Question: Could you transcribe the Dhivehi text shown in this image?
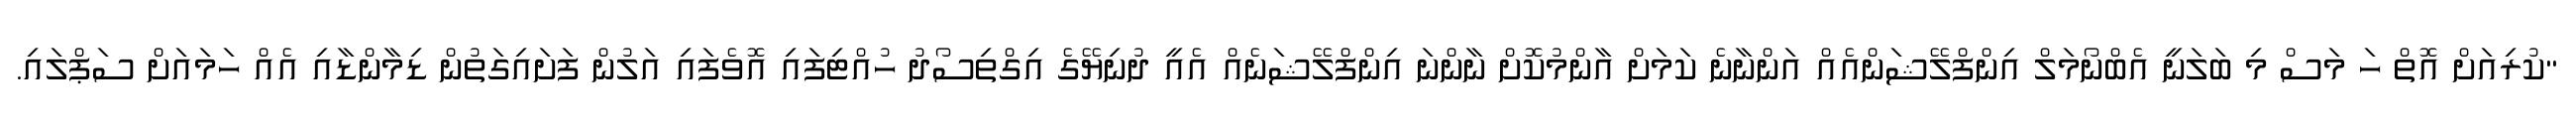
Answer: "ކުރިއަށް އޮތް ހަ މަސް މި ބަލަނީ އެބްނޯމަލް އިންފްލޭޝަންއެއް އަންނާނެ ކަމަށް އާންމުކޮށް ނާންނަ އިންފްލޭޝަނެއް އެއީ ދުނިޔޭގެ އިގްތިސޯދު ހުއްޓިފައި އޮވެފައި އަލުން ފަށައިގަތުން ޑިމާންޑާއި އެއް ހަމައަށް ސަޕްލައި.